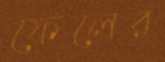
ফেলের